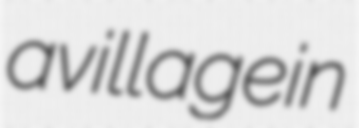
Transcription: a village in